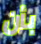
بأن